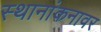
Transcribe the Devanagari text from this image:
स्थानांकनावर